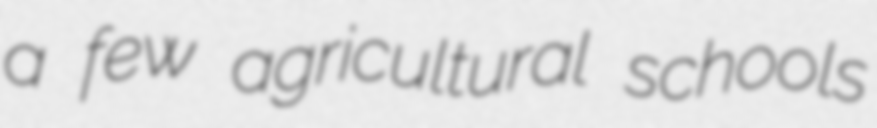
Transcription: a few agricultural schools